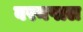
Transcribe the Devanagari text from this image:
बरनपाल